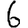
Digit: 6